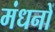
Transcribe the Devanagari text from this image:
मंधनों